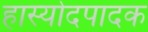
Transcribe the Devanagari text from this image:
हास्योदपादक